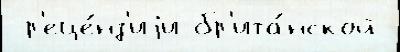
 р'еце́нз'иjи бр'ита́нской